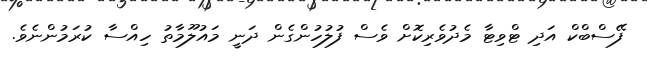
ފޭސްބްކް އަދި ޓްވިޓާ މެދުވެރިކޮށް ވެސް ފުލުހުންގެން ދަނީ މައުލޫމާތު ހިއްސާ ކުރަމުންނެވެ.